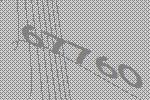
67760